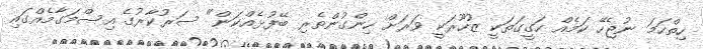
ހިތްހަމަ ނުޖެހޭ ކަމެއް ހަގީގަތަކީ ޒުހޫރަކީ ވަރަށް ހިންގުންތެރި ބޭފުޅެއްކަން" ސަރުކާރުގެ އިސްމަގާމެއްގައި